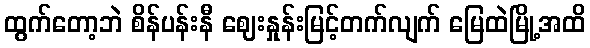
ထွက်တော့ဘဲ စိန်ပန်းနီ ဈေးနှုန်းမြင့်တက်လျက် မြေထဲမြို့အထိ